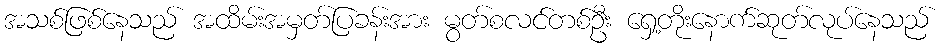
အသစ်ဖြစ်နေသည် အထိမ်းအမှတ်ပြခန်းအား မွတ်စလင်တစ်ဦး ရှေ့တိုးနောက်ဆုတ်လုပ်နေသည်